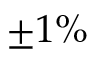
\pm 1 \%